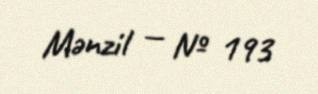
Mənzil — № 193